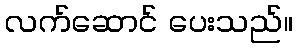
လက်ဆောင် ပေးသည်။